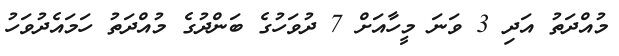
މުއްދަތު އަދި 3 ވަނަ މީހާއަށް 7 ދުވަހުގެ ބަންދުގެ މުއްދަތު ހަމައެދުވަހު